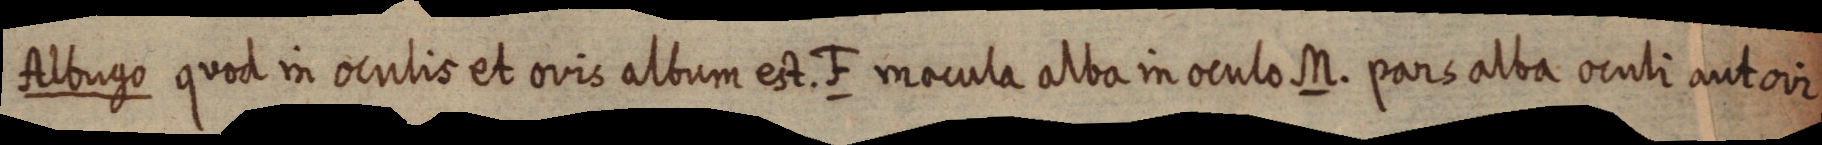
Albugo quod in oculis et ovis album est. F macula adiba in oculo M. pars alba oculi antor